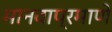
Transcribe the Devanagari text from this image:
मानवाप्रमाणे